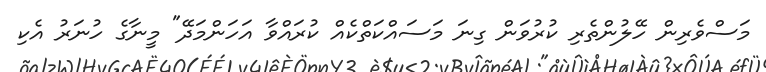
މަސްވެރިން ހޭލުންތެރި ކުރުވަން ގިނަ މަސައްކަތްކެއް ކުރައްވާ އަހަންމަދޭ" މީނާގެ ހުނަރު އެކި